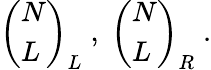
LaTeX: \left(\begin{array}{l}{{N}}\\ {{L}}\end{array}\right)_{L}\; ,\; \left(\begin{array}{l}{{N}}\\ {{L}}\end{array}\right)_{R}\; .